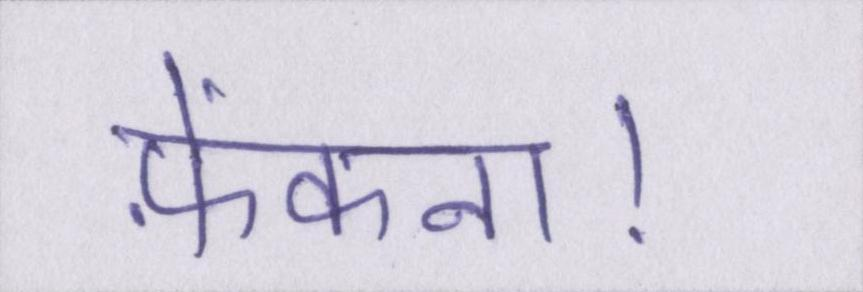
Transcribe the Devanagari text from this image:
फ़ेंकना।